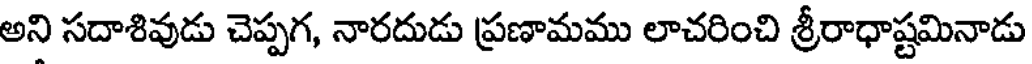
అని సదాశివుడు చెప్పగ, నారదుడు ప్రణామము లాచరించి శ్రీరాధాష్టమినాడు